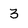
Character: 3